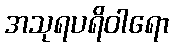
အသုရပရိဝါရော